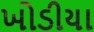
ખોડીયા